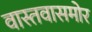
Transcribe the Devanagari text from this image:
वास्तवासमोर